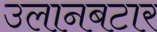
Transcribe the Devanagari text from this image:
उलानबटार